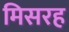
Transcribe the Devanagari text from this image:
मिसरह